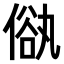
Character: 𠌢